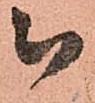
被